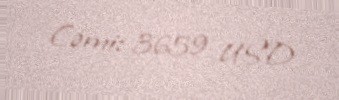
Cəmi: 3659 USD